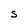
Character: S